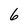
Character: 6